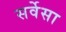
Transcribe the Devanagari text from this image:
सर्वेसा